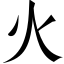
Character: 火